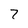
Character: 7